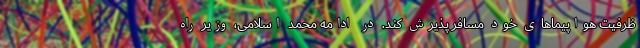
ظرفیت هواپیماهای خود مسافر پذیرش کند. در ادامه محمد اسلامی، وزیر راه